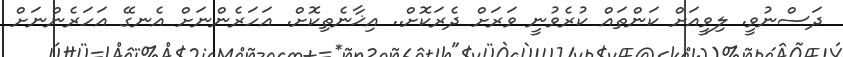
ދަސްނުވީ. ލިވީއަށް ކަންތައް ކުރެވުނީ ވަރަށް ދެރަކޮށް.. އިޚާނެތިކޮށް. އަހަރެންނަށް އެނގޭ އަހަރެންނަށް